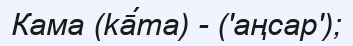
Кама (kā́ma) - ('аңсар');